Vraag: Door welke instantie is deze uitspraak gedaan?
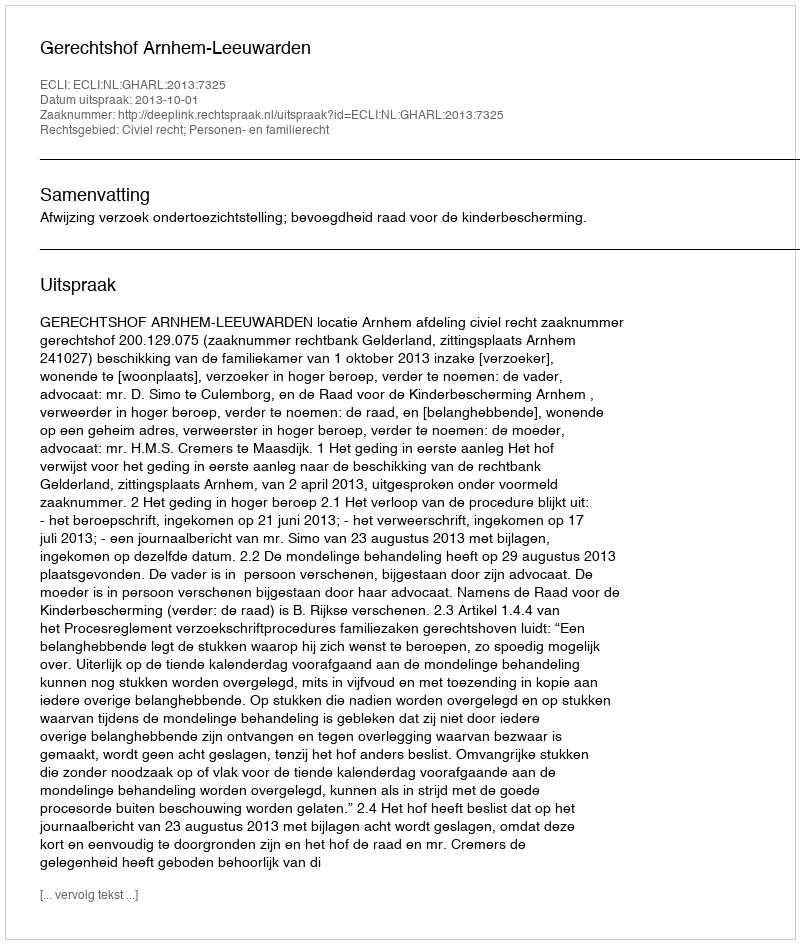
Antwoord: Gerechtshof Arnhem-Leeuwarden